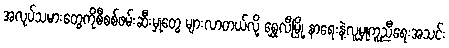
အလုပ်သမားတွေကိုစီစစ်ဖမ်းဆီးမှုတွေ များလာတယ်လို့ ရွှေလီမြို့ နာရေးနဲ့လူမှုကူညီရေးအသင်း